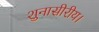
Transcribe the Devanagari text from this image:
शुनासीरीय।